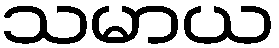
သမာယ